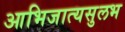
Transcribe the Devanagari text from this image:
आभिजात्यसुलभ